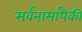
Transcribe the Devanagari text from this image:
सर्वनामांपैकी